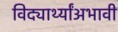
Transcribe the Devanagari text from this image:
विद्यार्थ्यांअभावी